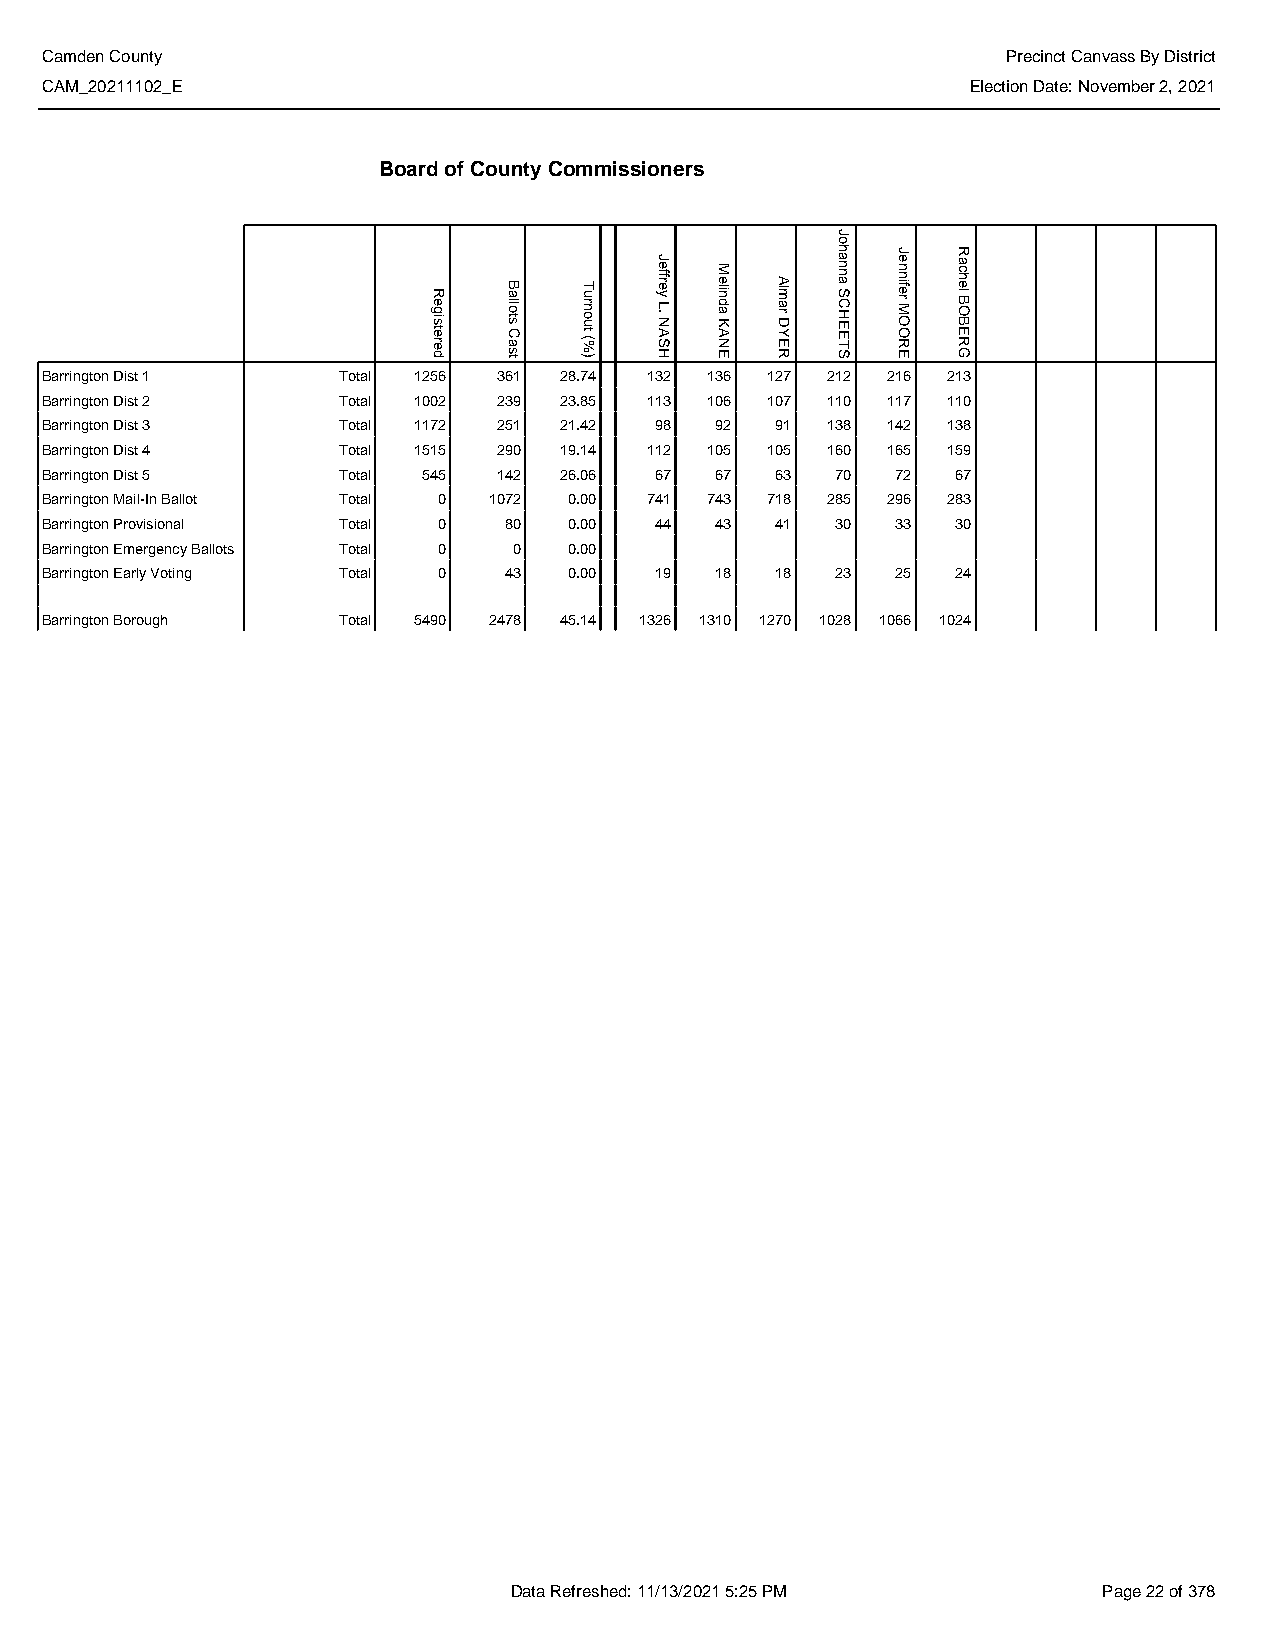
Camden County                                                   Precinct Canvass By District
 CAM_20211102_E                                               Election Date: November 2, 2021
 Board of County Commissioners
 Barrington Dist 1  Total 1256 361 28.74 132 136 127 212 216 213
 Barrington Dist 2  Total 1002 239 23.85 113 106 107 110 117 110
 Barrington Dist 3  Total 1172 251 21.42 98  92  91  138 142 138
 Barrington Dist 4  Total 1515 290 19.14 112 105 105 160 165 159
 Barrington Dist 5  Total 545  142 26.06 67  67  63  70  72  67
 Barrington Mail-In Ballot Total 0 1072 0.00 741 743 718 285 296 283
 Barrington Provisional Total 0 80  0.00 44  43  41  30  33  30
 Barrington Emergency Ballots Total 0 0 0.00
 Barrington Early Voting Total 0 43 0.00 19  18  18  23  25  24
 Barrington Borough Total 5490 2478 45.14 1326 1310 1270 1028 1066 1024
 Data Refreshed: 11/13/2021 5:25 PM     Page 22 of 378
 Registered
 Ballots
 Cast
 Turnout
 (%)
 Jeffrey
 L.
 NASH
 Melinda
 KANE
 Almar
 DYER
 Johanna
 SCHEETS
 Jennifer
 MOORE
 Rachel
 BOBERG